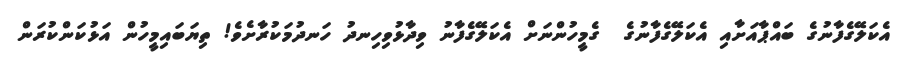
އެކަލޭގެފާނުގެ ބައްޕާއަށާއި އެކަލޭގެފާނުގެ  ގެމީހުންނަށް އެކަލޭގެފާނު ވިދާޅުވިހިނދު ހަނދުމަކުރާށެވެ! ތިޔަބައިމީހުން އަޅުކަންކުރަން